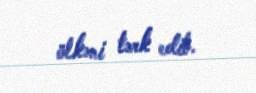
ölkəni tərk edib.